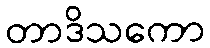
တာဒိသကော